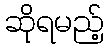
ဆိုရမည့်